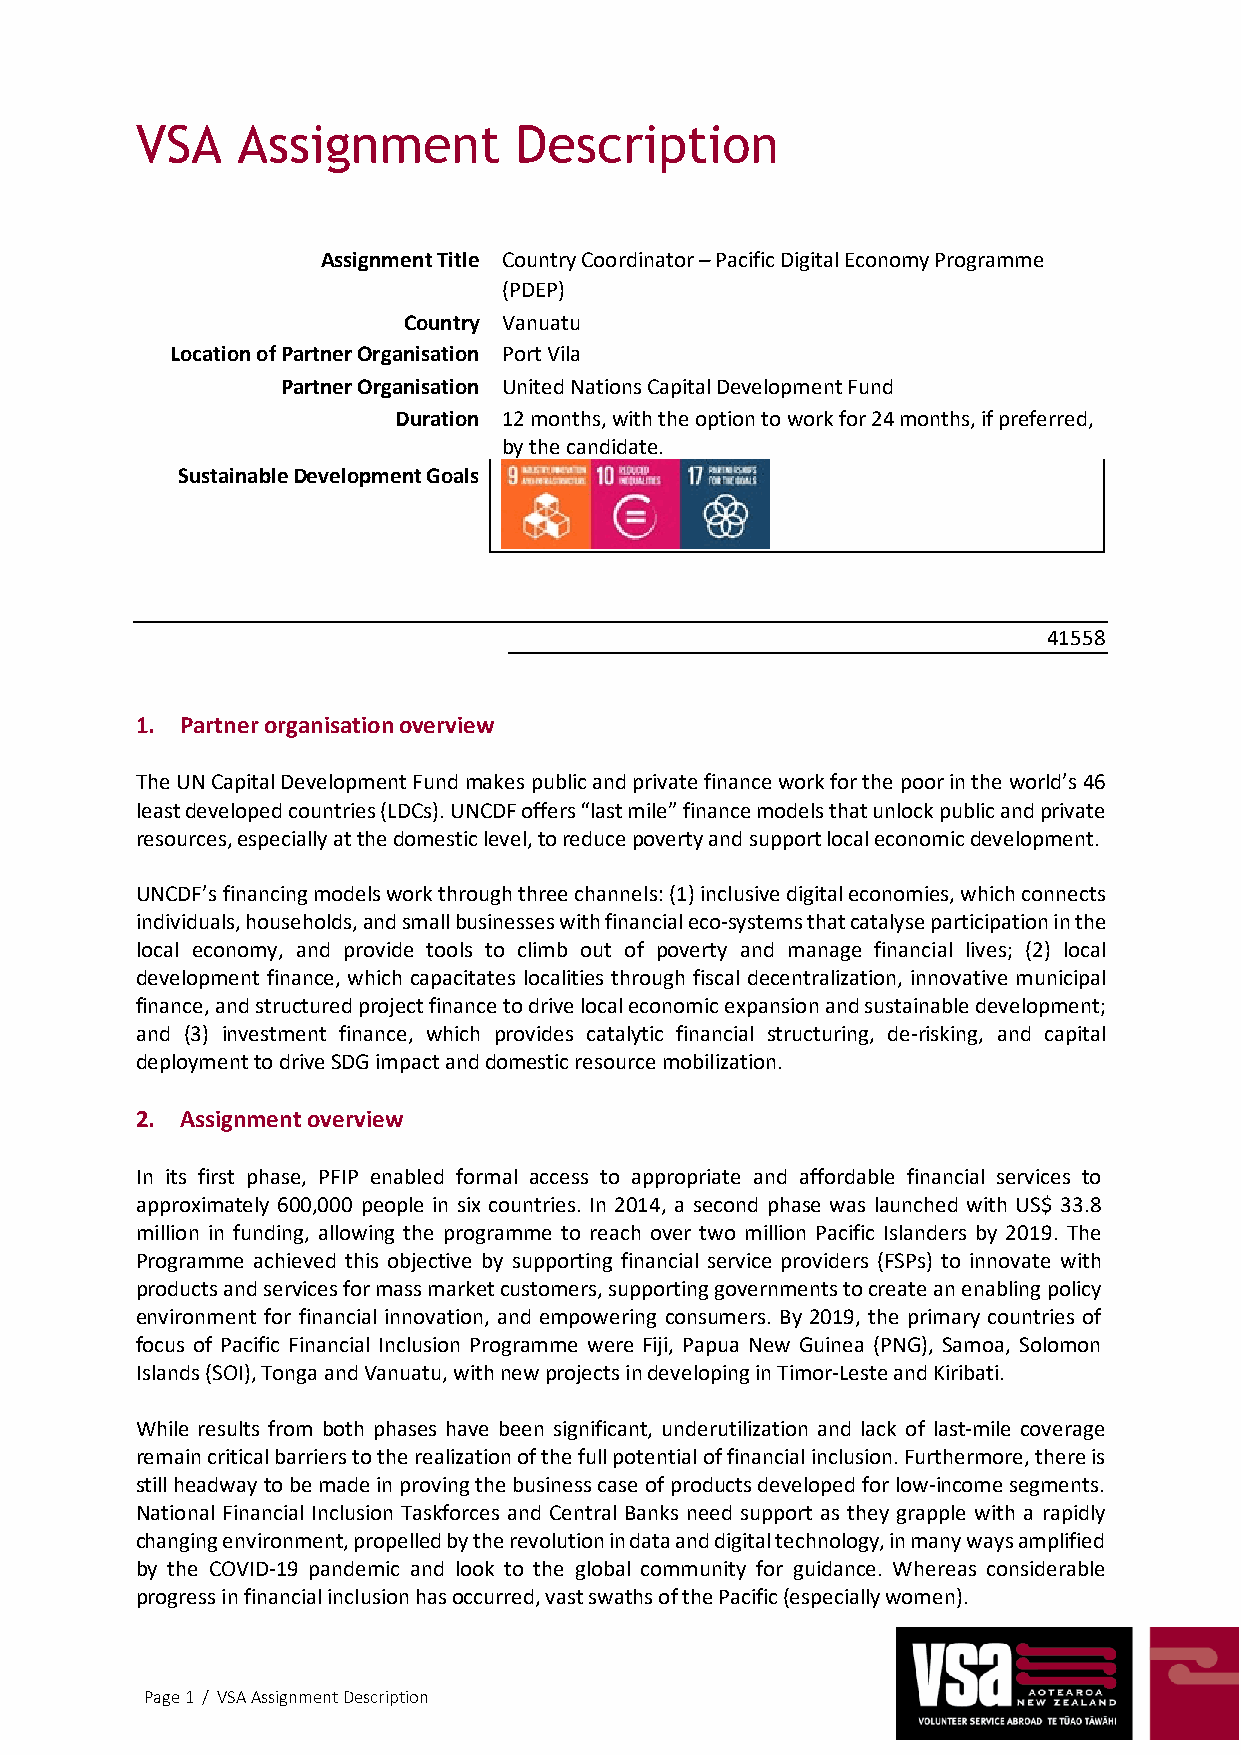
VSA    Assignment        Description
 Assignment Title Country Coordinator – Pacific Digital Economy Programme
 (PDEP)
 Country Vanuatu
 Location of Partner Organisation Port Vila
 Partner Organisation United Nations Capital Development Fund
 Duration 12 months, with the option to work for 24 months, if preferred,
 by the candidate.
 Sustainable Development Goals
 41558
 1. Partner organisation overview
 The UN Capital Development Fund makes public and private finance work for the poor in the world’s 46
 least developed countries (LDCs). UNCDF offers “last mile” finance models that unlock public and private
 resources, especially at the domestic level, to reduce poverty and support local economic development.
 UNCDF’s financing models work through three channels: (1) inclusive digital economies, which connects
 individuals, households, and small businesses with financial eco-systems that catalyse participation in the
 local economy, and provide tools to climb out of poverty and manage financial lives; (2) local
 development finance, which capacitates localities through fiscal decentralization, innovative municipal
 finance, and structured project finance to drive local economic expansion and sustainable development;
 and (3) investment finance, which provides catalytic financial structuring, de-risking, and capital
 deployment to drive SDG impact and domestic resource mobilization.
 2. Assignment overview
 In its first phase, PFIP enabled formal access to appropriate and affordable financial services to
 approximately 600,000 people in six countries. In 2014, a second phase was launched with US$ 33.8
 million in funding, allowing the programme to reach over two million Pacific Islanders by 2019. The
 Programme achieved this objective by supporting financial service providers (FSPs) to innovate with
 products and services for mass market customers, supporting governments to create an enabling policy
 environment for financial innovation, and empowering consumers. By 2019, the primary countries of
 focus of Pacific Financial Inclusion Programme were Fiji, Papua New Guinea (PNG), Samoa, Solomon
 Islands (SOI), Tonga and Vanuatu, with new projects in developing in Timor-Leste and Kiribati.
 While results from both phases have been significant, underutilization and lack of last-mile coverage
 remain critical barriers to the realization of the full potential of financial inclusion. Furthermore, there is
 still headway to be made in proving the business case of products developed for low-income segments.
 National Financial Inclusion Taskforces and Central Banks need support as they grapple with a rapidly
 changing environment, propelled by the revolution in data and digital technology, in many ways amplified
 by the COVID-19 pandemic and look to the global community for guidance. Whereas considerable
 progress in financial inclusion has occurred, vast swaths of the Pacific (especially women).
 Page 1 / VSA Assignment Description